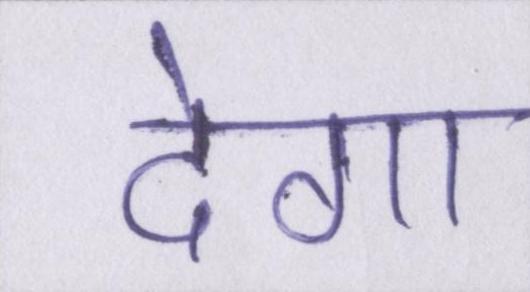
देगा